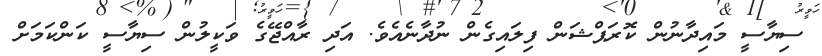
ސިޔާސީ މައިދާނުން ކޮރަޕްޝަން ފިލައިގެން ނުދާނެއެވެ. އަދި ރާއްޖޭގެ ވަކީލުން ސިޔާސީ ކަންކަމަށް